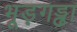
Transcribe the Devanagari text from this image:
भूड़गड्ढा